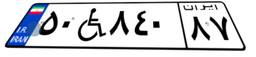
۵۰W۸۴۰۸۷